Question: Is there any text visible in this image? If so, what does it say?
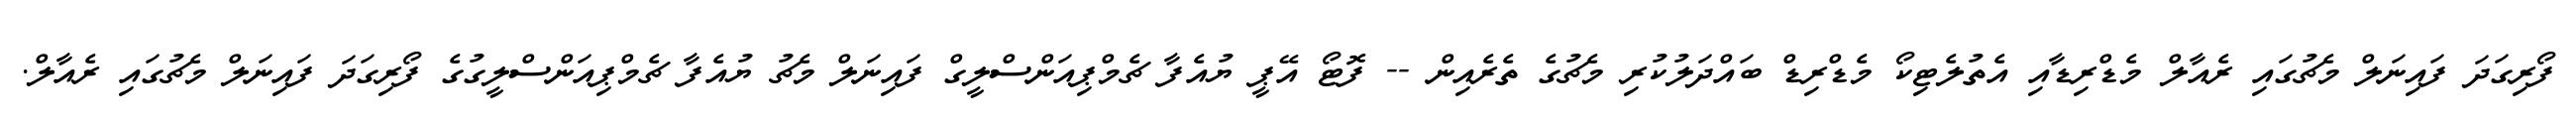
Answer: ފޯރިގަދަ ފައިނަލް މެޗުގައި ރެއާލް މެޑްރިޑާއި އެތުލެޓިކޯ މެޑްރިޑް ބައްދަލުކުރި މެޗުގެ ތެރެއިން -- ފޮޓޯ އޭޕީ ޔުއެފާ ޗެމްޕިއަންސްލީގް ފައިނަލް މެޗު ޔުއެފާ ޗެމްޕިއަންސްލީގުގެ ފޯރިގަދަ ފައިނަލް މެޗުގައި ރެއާލް.